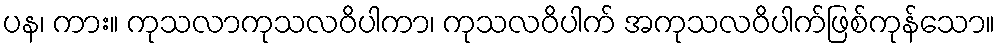
ပန၊ ကား။ ကုသလာကုသလဝိပါကာ၊ ကုသလဝိပါက် အကုသလဝိပါက်ဖြစ်ကုန်သော။